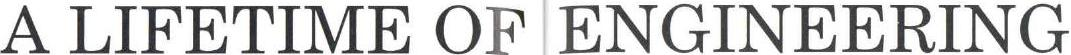
A LIFETIME OF ENGINEERING